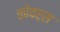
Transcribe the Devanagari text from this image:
कोवर्स